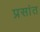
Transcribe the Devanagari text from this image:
प्रसांत